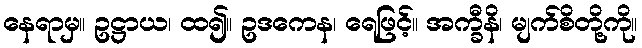
နေရာမှ။ ဥဋ္ဌာယ၊ ထ၍။ ဥဒကေန၊ ရေဖြင့်။ အက္ခီနိ၊ မျက်စိတို့ကို။